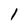
Character: l